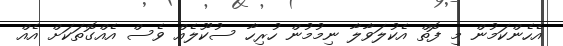
އެހެންކަމުން މި ފޮތް އެކުލަވާލާ ނިމުމުން ހުރިހާ ސުކޫލެއް ވެސް އެއްގޮތަކަށް އެއް